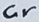
Text: Cr